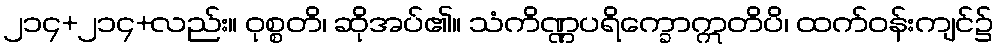
၂၁၄+၂၁၄+လည်း။ ဝုစ္စတိ၊ ဆိုအပ်၏။ သံကိဏ္ဏပရိက္ခောဣတိပိ၊ ထက်ဝန်းကျင်၌